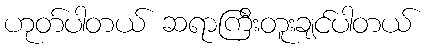
ဟုတ်ပါတယ် ဆရာကြီးတူးချင်ပါတယ်